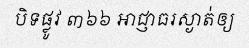
បិទផ្លូវ ៣៦៦ អាជ្ញាធរស្ងាត់ឲ្យ